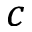
c